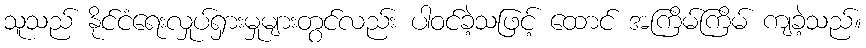
သူသည် နိုင်ငံရေးလှုပ်ရှားမှုများတွင်လည်း ပါဝင်ခဲ့သဖြင့် ထောင် အကြိမ်ကြိမ် ကျခဲ့သည်။